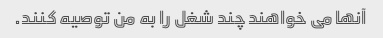
آنها می خواهند چند شغل را به من توصیه کنند.